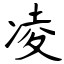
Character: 凌